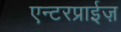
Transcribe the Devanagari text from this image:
एन्टरप्राईज़